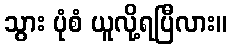
သွား ပုံစံ ယူလို့ရပြီလား။